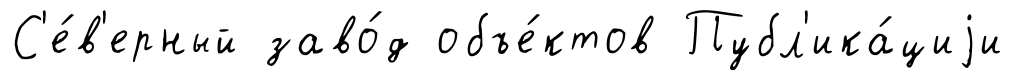
С'е́в'ерный заво́д объе́ктов Публ'ика́циjи